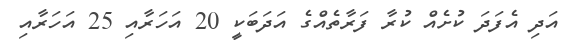
އަދި އެފަދަ ކުށެއް ކުރާ ފަރާތެއްގެ އަދަބަކީ 20 އަހަރާއި 25 އަހަރާއި